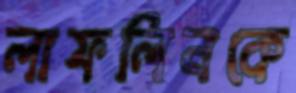
লাফলিনকে